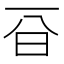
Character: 𣅆